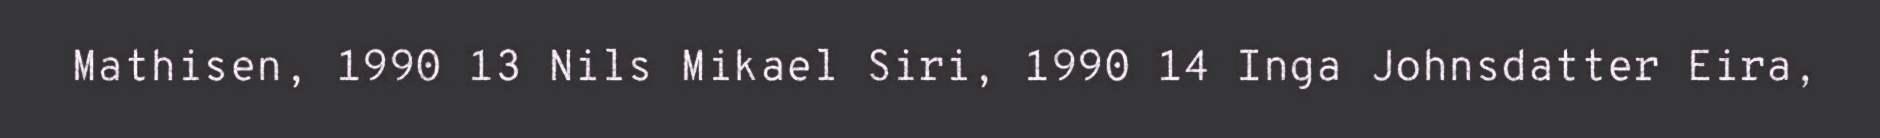
Mathisen, 1990 13 Nils Mikael Siri, 1990 14 Inga Johnsdatter Eira,